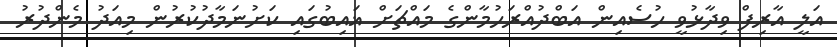
އަލީ އާރިފް ވިދާޅުވީ ހުސެއިން އަބްދުއްރަހުމާންގެ މައްޗަށް ޣައިބުގައި ކަށުނަމާދުކުރުން މިއަދު މެންދުރު